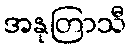
အနုတြာသီ